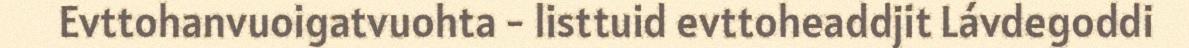
Evttohanvuoigatvuohta - listtuid evttoheaddjit Lávdegoddi